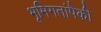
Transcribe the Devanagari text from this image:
भूमिगतांपैकी